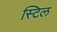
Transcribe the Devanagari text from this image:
स्‍टिल